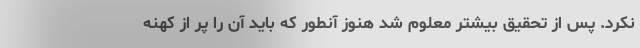
نکرد. پس از تحقیق بیشتر معلوم شد هنوز آنطور که باید آن را پر از کهنه